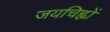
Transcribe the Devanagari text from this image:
जयचिह्नों